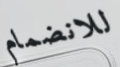
للانضمام